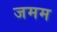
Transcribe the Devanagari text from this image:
जमम